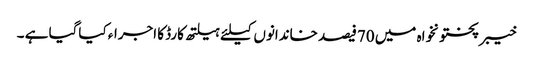
خیبرپختونخواہ میں 70فیصد خاندانوں کیلئے ہیلتھ کارڈ کا اجراء کیاگیا ہے ۔